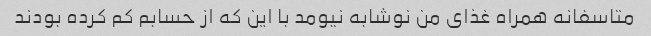
متاسفانه همراه غذای من نوشابه نیومد با این که از حسابم کم کرده بودند